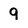
Character: 9